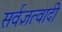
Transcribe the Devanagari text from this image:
सर्वज्ञत्वादी